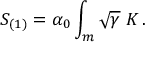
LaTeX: S _ { ( 1 ) } = \alpha _ { 0 } \int _ { m } \sqrt { \gamma } \; K \, .